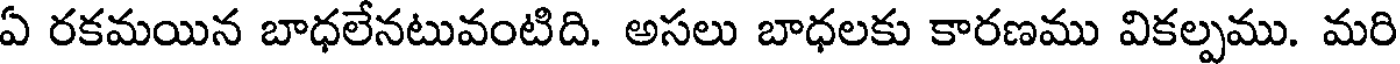
ఏ రకమయిన బాధలేనటువంటిది. అసలు బాధలకు కారణము వికల్పము. మరి